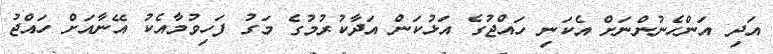
އަދި އަންހެނުންނަށް އެކަނި ހައްޖުގެ އަޅުކަން އަދާކުރުމުގެ މަގު ފަހިވުމާއެކު އޭނާއަށް ހައްޖު